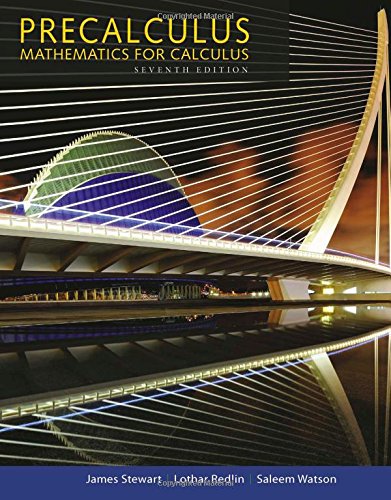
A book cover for Precalculus: Mathematics for Calculus; James Stewart; Science & Math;